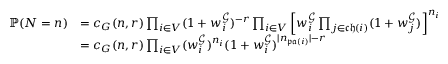
\begin{array} { r l } { \mathbb { P } ( N = n ) } & { = c _ { G } ( n , r ) \prod _ { i \in V } ( 1 + w _ { i } ^ { \mathcal { G } } ) ^ { - r } \prod _ { i \in V } \left[ w _ { i } ^ { \mathcal { G } } \prod _ { j \in \mathfrak { c h } ( i ) } ( 1 + w _ { j } ^ { \mathcal { G } } ) \right] ^ { n _ { i } } } \\ & { = c _ { G } ( n , r ) \prod _ { i \in V } ( w _ { i } ^ { \mathcal { G } } ) ^ { n _ { i } } ( 1 + w _ { i } ^ { \mathcal { G } } ) ^ { | n _ { \mathfrak { p a } ( i ) } | - r } } \end{array}